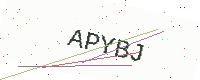
Text: APYBJ